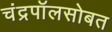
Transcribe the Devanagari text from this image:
चंद्रपॉलसोबत